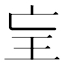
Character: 𤣴